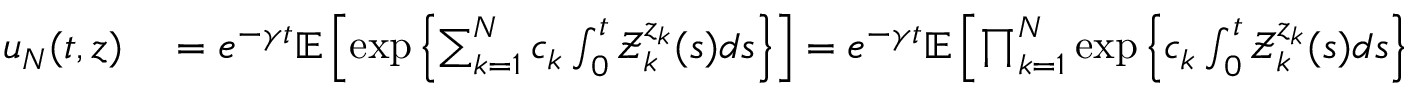
\begin{array} { r l } { u _ { N } ( t , z ) } & { { } = e ^ { - \gamma t } \mathbb { E } \left[ \exp \left\{ \sum _ { k = 1 } ^ { N } c _ { k } \int _ { 0 } ^ { t } \mathcal { Z } _ { k } ^ { z _ { k } } ( s ) d s \right\} \right] = e ^ { - \gamma t } \mathbb { E } \left[ \prod _ { k = 1 } ^ { N } \exp \left\{ c _ { k } \int _ { 0 } ^ { t } \mathcal { Z } _ { k } ^ { z _ { k } } ( s ) d s \right\} \right] } \end{array}